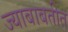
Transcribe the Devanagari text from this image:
ज्याबाबतीत